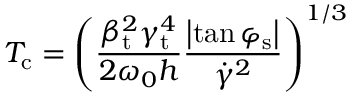
T _ { \mathrm { c } } = \left( \frac { \beta _ { \mathrm { t } } ^ { 2 } \gamma _ { \mathrm { t } } ^ { 4 } } { 2 \omega _ { 0 } h } \frac { \left| \tan { \varphi _ { \mathrm { s } } } \right| } { \dot { \gamma } ^ { 2 } } \right) ^ { 1 / 3 }